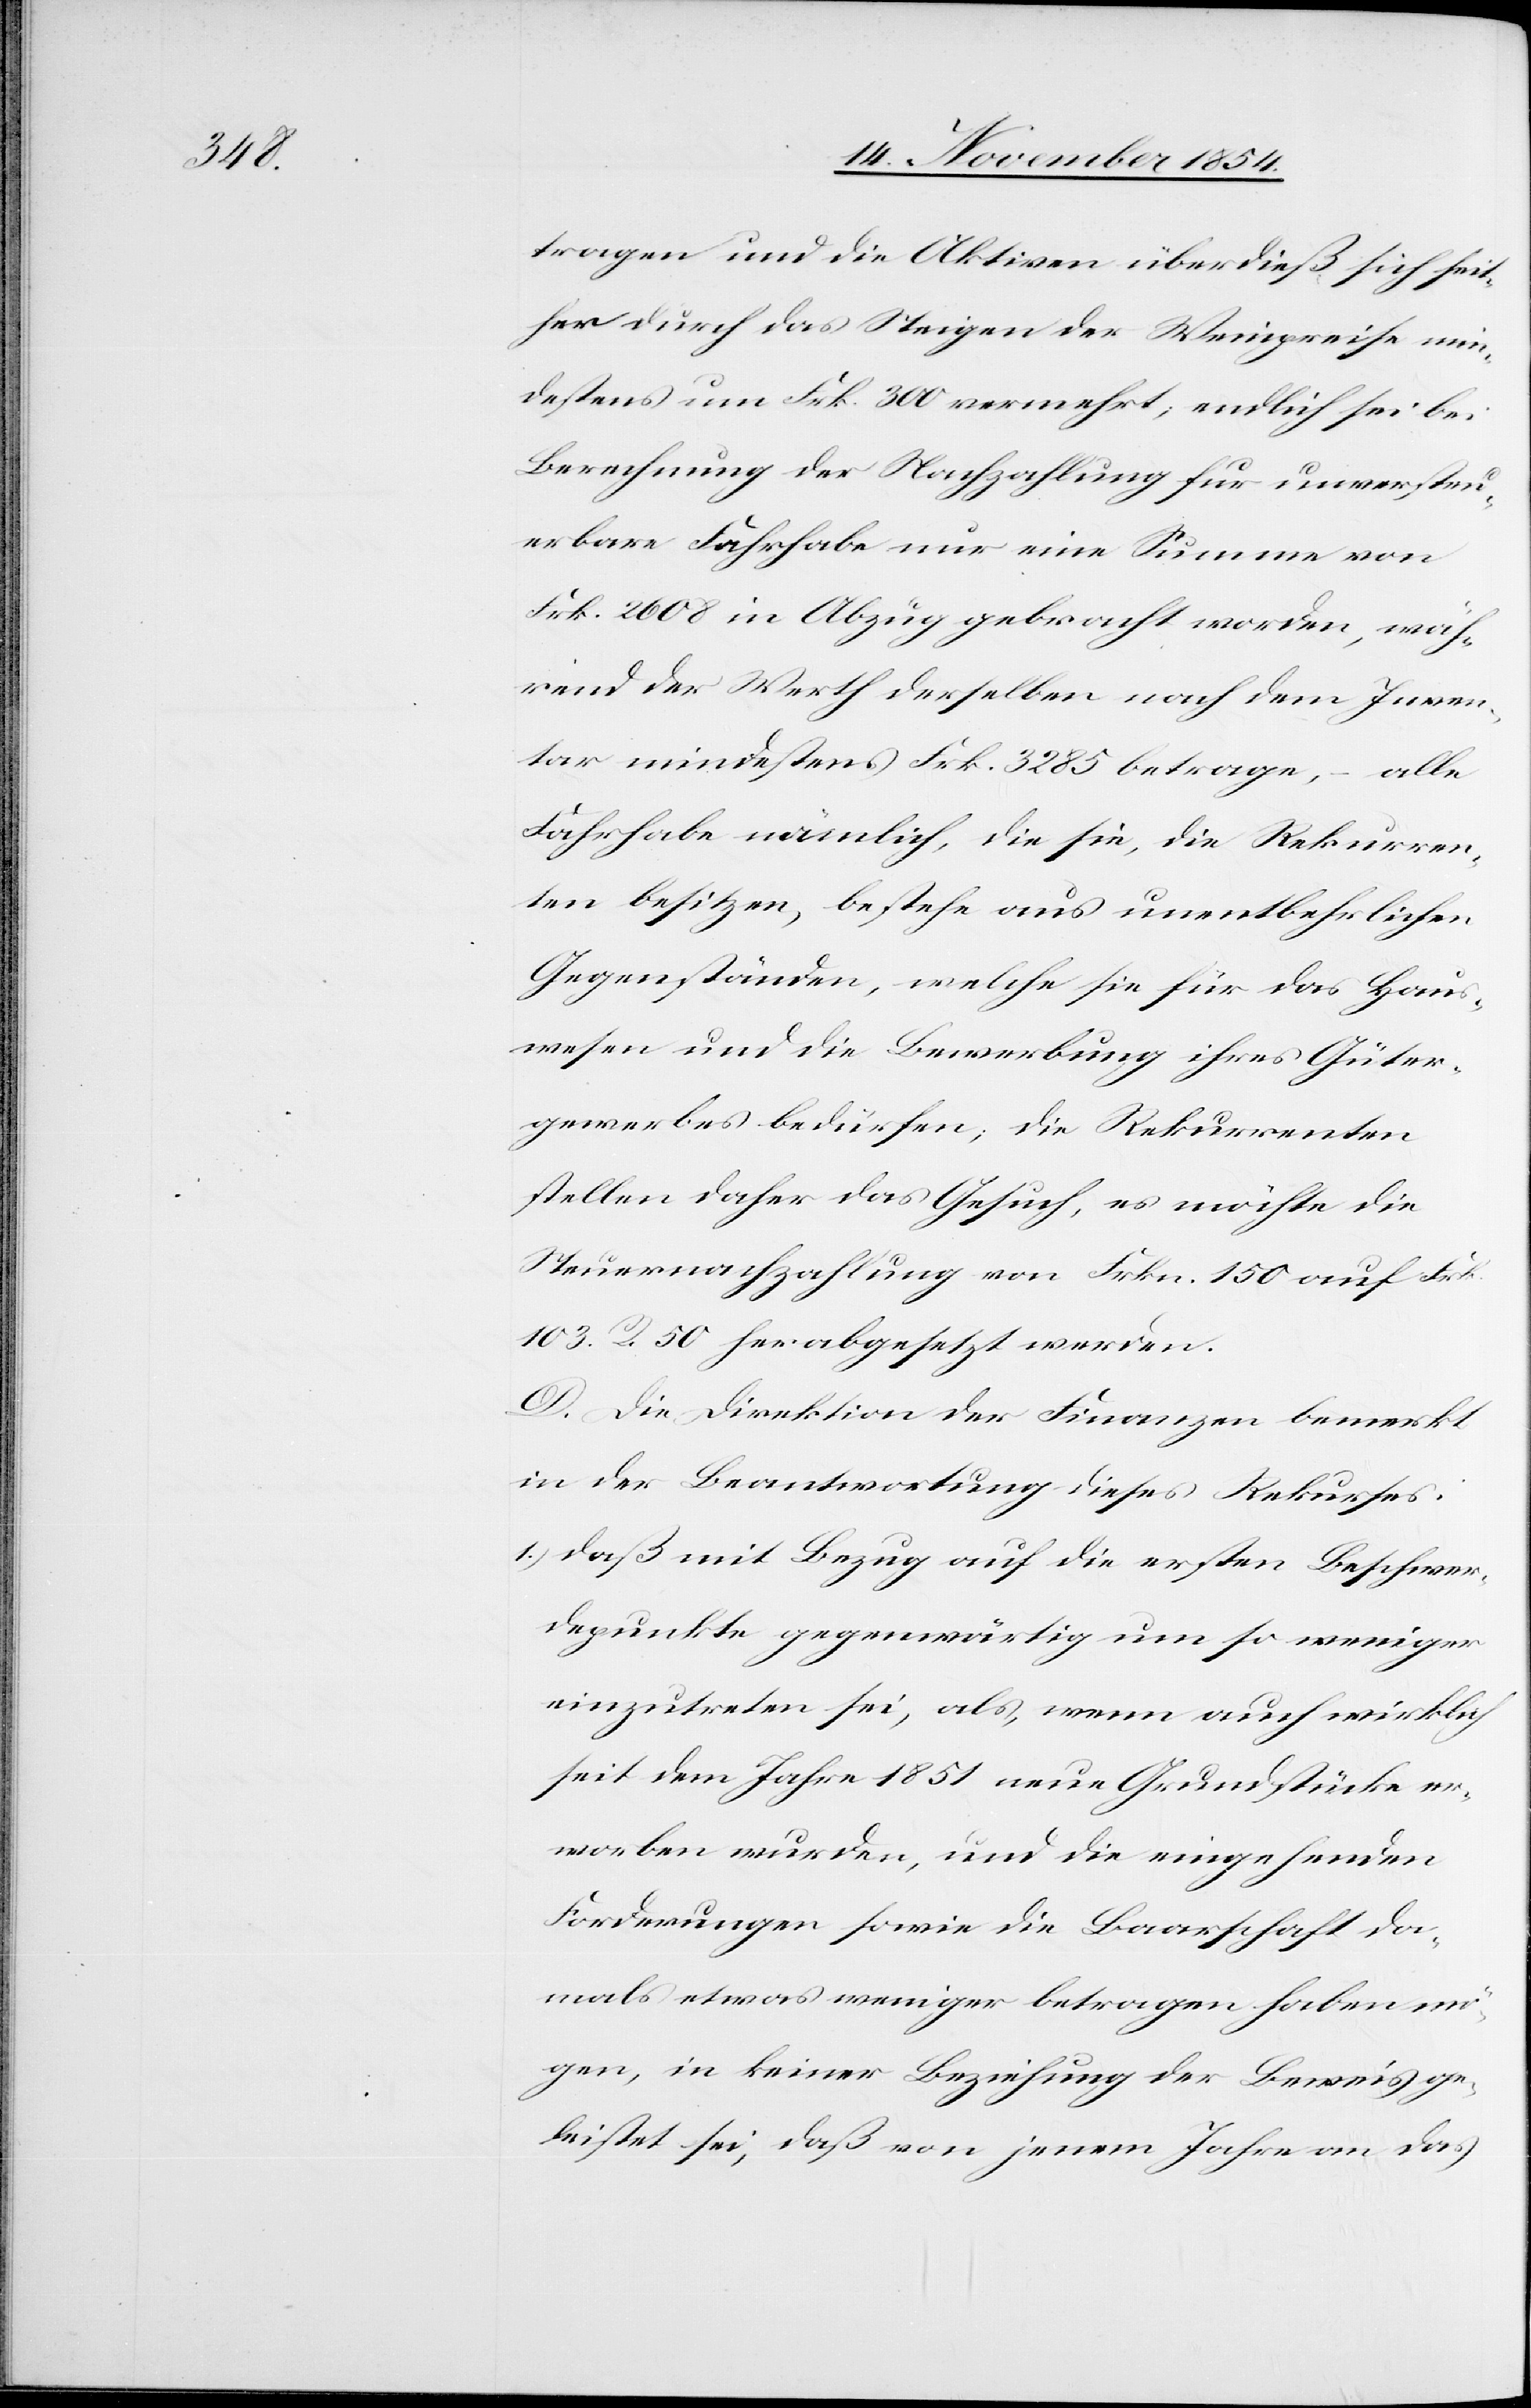
tragen und die Aktiven überdies sich seit¬
her durch das Steigen der Weinpreise min¬
destens um Frk. 300 vermehrt; endlich sei bei
Berechnung der Nachzahlung für unversteu¬
erbare Fahrhabe nur eine Summe von
Frk. 2608 in Abzug gebracht worden, wäh¬
rend der Werth derselben nach dem Inven¬
tar mindestens Frk. 3285 betrage, – alle
Fahrhabe nämlich, die sie, die Rekurren¬
ten besitzen, bestehe aus unentbehrlichen
Gegenständen, welche sie für das Haus¬
wesen und die Bewerbung ihres Güter¬
gewerbes bedürfen; die Rekurrenten
Steuernachzahlung von Frkn. 150 auf Frk.
103. R. 50 herabgesetzt werden.
D. Die Direktion der Finanzen bemerkt
in der Beantwortung dieses Rekurses:
1.) daß mit Bezug auf die ersten Beschwer¬
depunkte gegenwärtig um so weniger
einzutreten sei, als, wenn auch wirklich
seit dem Jahre 1851 neue Grundstücke er¬
worben wurden, und die eingehenden
Forderungen sowie die Baarschaft da¬
mals etwas weniger betragen haben mö¬
gen, in keiner Beziehung der Beweis ge¬
leistet sei, daß von jenem Jahre an das